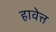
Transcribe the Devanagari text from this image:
हावेत्त